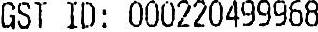
GST ID : 000220499968